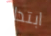
ابتداء